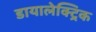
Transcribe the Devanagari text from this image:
डायालेक्ट्रिक